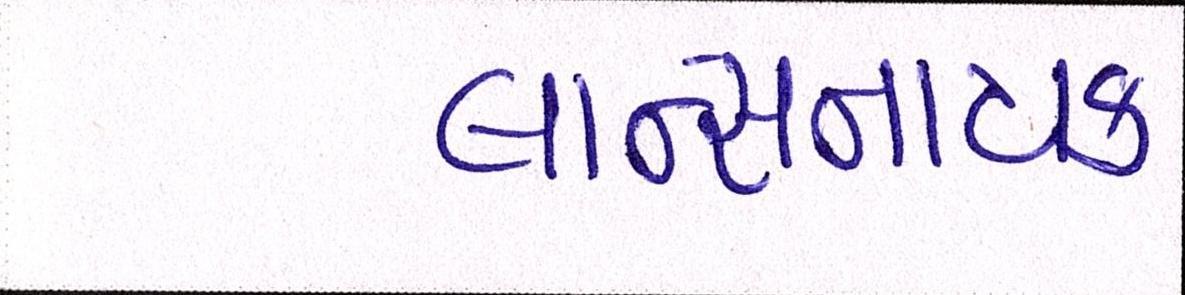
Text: લાન્સનાયક